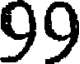
99